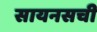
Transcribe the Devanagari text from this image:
सायनसची